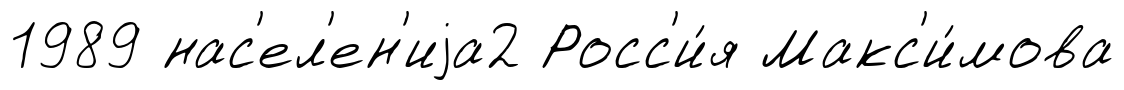
1989 нас'ел'ен'иjа2 Росс'и́я Макс'и́мова